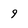
Character: 9